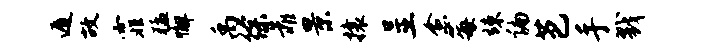
遁故霏猛懈禹徐靠景攘呈愈莓竦编芭手戮